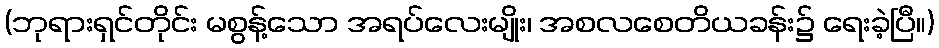
(ဘုရားရှင်တိုင်း မစွန့်သော အရပ်လေးမျိုး၊ အစလစေတိယခန်း၌ ရေးခဲ့ပြီ။)